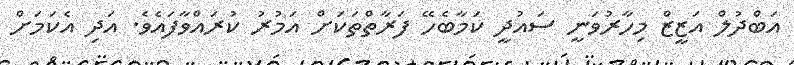
އަބްދުލް އަޒީޒް މިހާރުވަނީ ސައުދީ ކަމާބެހޭ ފަރާތްތަކަށް އަމުރު ކުރައްވާފައެވެ. އަދި އެކަމަށް